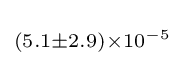
\scriptstyle (5.1\pm 2.9)\times 10^{-5}